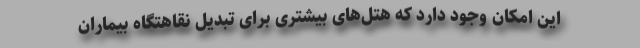
این امکان وجود دارد که هتل‌های بیشتری برای تبدیل نقاهتگاه بیماران